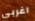
اغربي